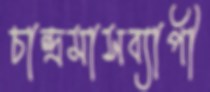
চান্দ্রমাসব্যাপী